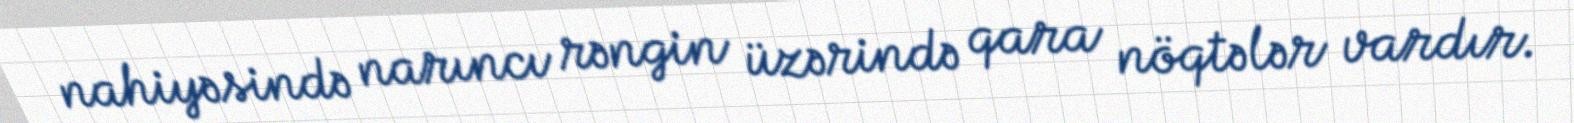
nahiyəsində narıncı rəngin üzərində qara nöqtələr vardır.